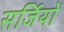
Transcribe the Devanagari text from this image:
सर्जियों